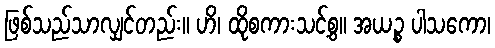
ဖြစ်သည်သာလျှင်တည်း။ ဟိ၊ ထိုစကားသင့်စွ။ အယဉ္စ ပါသကော၊